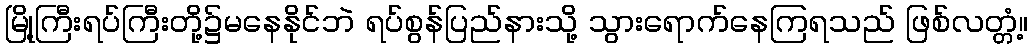
မြို့ကြီးရပ်ကြီးတို့၌မနေနိုင်ဘဲ ရပ်စွန်ပြည်နားသို့ သွားရောက်နေကြရသည် ဖြစ်လတ္တံ့။